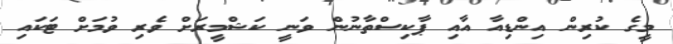
މީގެ ކުރިން އިންޑިއާ އާއި ޕާކިސްތާނުން ވަނީ ކަޝްމީރަށް ވެރި ވުމަށް ޓަކައި